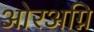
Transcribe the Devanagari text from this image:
ओरअग्नि